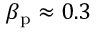
\beta _ { \mathrm { p } } \approx 0 . 3